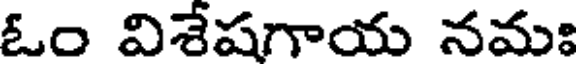
ఓం విశేషగాయ నమః